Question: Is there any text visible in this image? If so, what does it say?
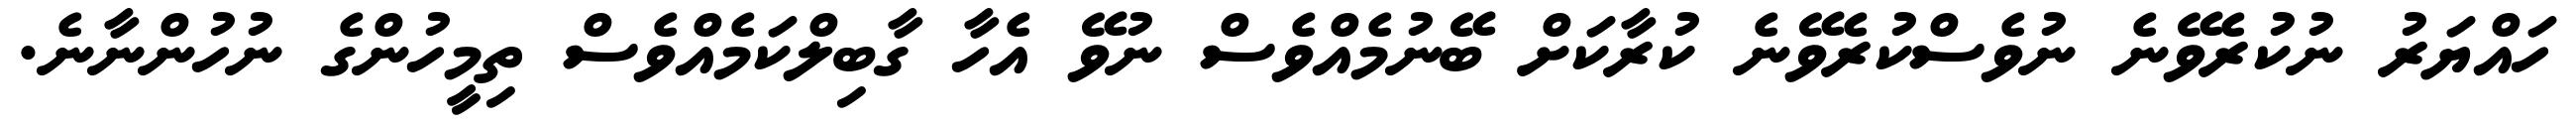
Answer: ހައްޔަރު ނުކުރެވޭނެ ނުވެސްކުރެވޭނެ ކުރާކަށް ބޭނުމެއްވެސް ނުވޭ އެހާ ގާބިލްކަމެއްވެސް ތިމީހުންގެ ނުހުންނާނެ.